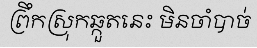
ព្រឹកស្រុកឆ្កួតនេះ មិនចាំបាច់